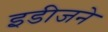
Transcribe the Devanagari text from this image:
इडीजने